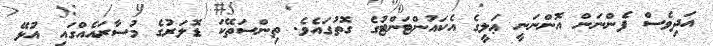
އަދިވެސް ފެންނަން އޮންނަނީ ޢަލީގެ އެކައުންޓަންޓުގެ ގޮތުގައެވެ. ތިންސަތޭކަ ޑޮލަރުގެ މުސާރައެއްގައި އުޅޭ